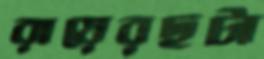
রায়েরছটা